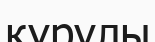
құрулы